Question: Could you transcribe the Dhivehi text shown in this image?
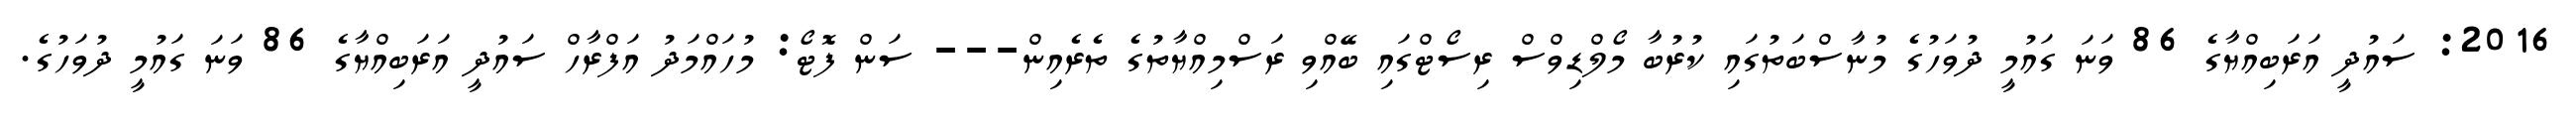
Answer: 2016: ސައުދީ އަރަބިއްޔާގެ 86 ވަނަ ގައުމީ ދުވަހުގެ މުނާސްބަތުގައި ކުރުބާ މޯލްޑިވްސް ރިސޯޓްގައި ބޭއްވި ރަސްމިއްޔާތުގެ ތެރެއިން--- ސަން ފޮޓޯ: މުހައްމަދު އަފްރާހް ސައުދީ އަރަބިއްޔާގެ 86 ވަނަ ގައުމީ ދުވަހުގެ.